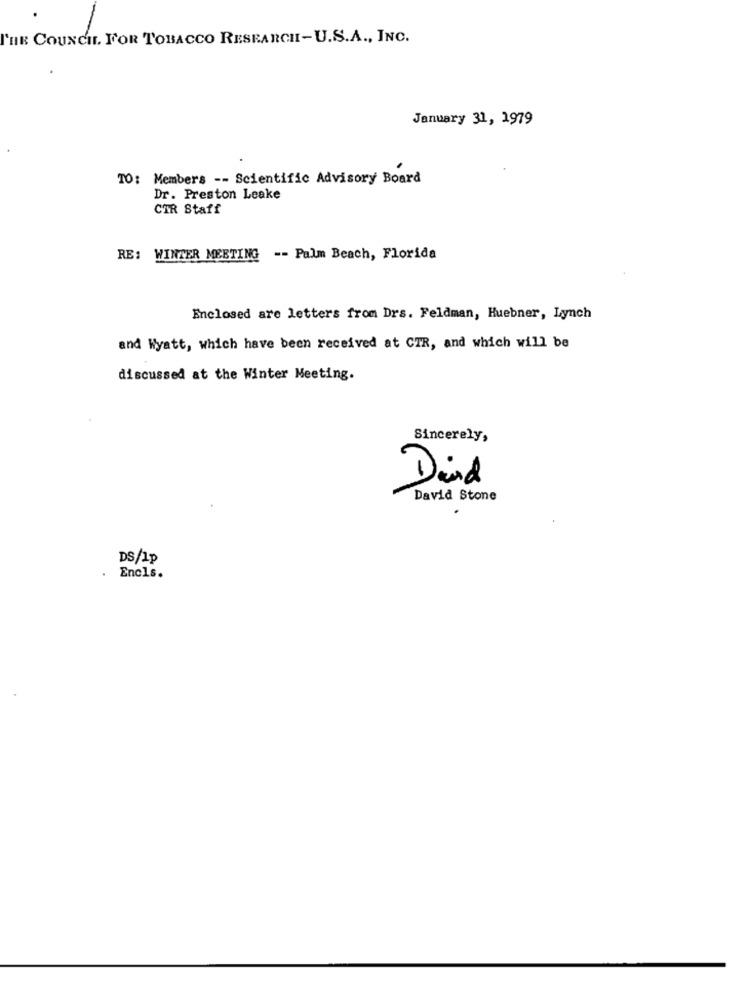
THE COUNCIL. FOR TOBACCO RESEARCHI-U.S.A ., INC.
January 31, 1979
TO: Members -- Scientific Advisory Board
Dr. Preston Leake
CTR Staff
RE: WINTER MEETING -- Palm Beach, Florida
Enclosed are letters from Drs. Feldman, Huebner, Lynch
and Wyatt, which have been received at CTR, and which will be
discussed at the Winter Meeting.
Sincerely,
Dird
David Stone
DS/Ip
Encls.